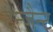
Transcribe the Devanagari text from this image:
टैन्जैन्ट